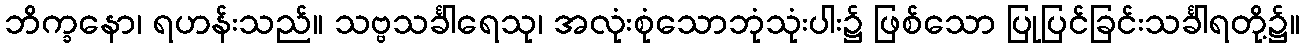
ဘိက္ခနော၊ ရဟန်းသည်။ သဗ္ဗသင်္ခါရေသု၊ အလုံးစုံသောဘုံသုံးပါး၌ ဖြစ်သော ပြုပြင်ခြင်းသင်္ခါရတို့၌။